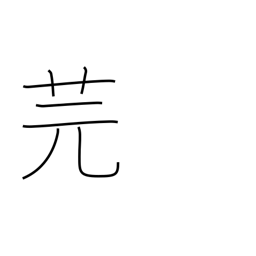
Meaning: type of vetch